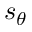
s _ { \theta }